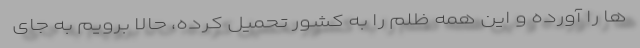
ها را آورده و این همه ظلم را به کشور تحمیل کرده، حالا برویم به جای